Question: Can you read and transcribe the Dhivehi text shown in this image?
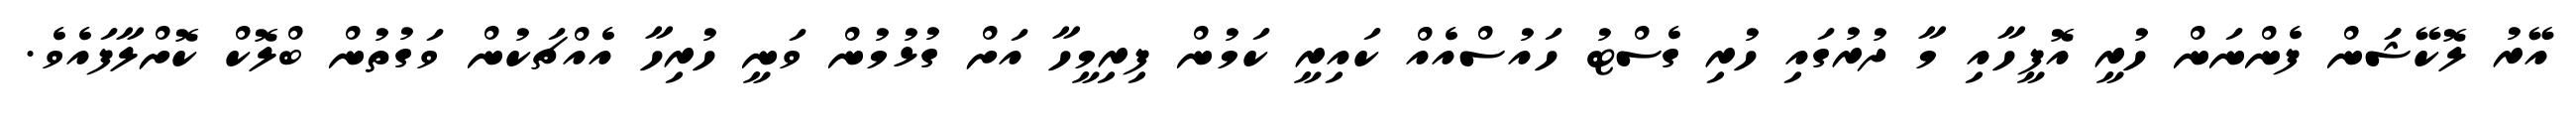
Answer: އޭރު ލޮކޭޝަަން ފެންނަން ހުރީ އޮފީހާއި މާ ދުރުގައި ހުރި ގެސްޓު ހައުސްއެއް ކައިރީ ކަމުން ފިރިމީހާ އަށް ގުޅުމުން ވަނީ ހުރިހާ އެއްޗަކުން ވަގުތުން ބްލޮކް ކޮށްލާފައެވެ.